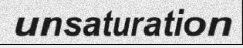
unsaturation